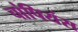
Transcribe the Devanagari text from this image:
चांपियंस